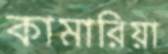
কামারিয়া